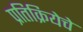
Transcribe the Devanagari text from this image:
प्रतिक्रियेचे